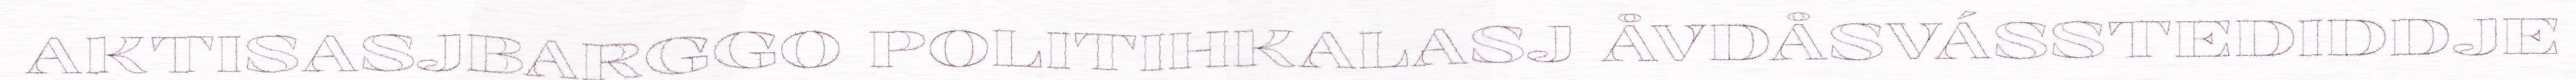
AKTISASJBARGGO POLITIHKALASJ ÅVDÅSVÁSSTEDIDDJE